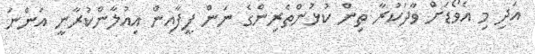
އަދި މި އެވޯޑަށް ވާދަކުރާ ތިން ކުޅުންތެރިންގެ ނަން ފީފާއިން އިއުލާންކުރާނީ އަންނަ